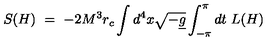
S ( H ) \ = \ - 2 M ^ { 3 } r _ { c } \int d ^ { 4 } x \sqrt { - \underline { { g } } } \int _ { - \pi } ^ { \pi } d t \ L ( H )